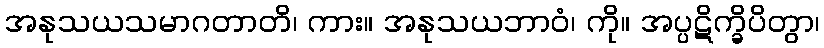
အနုသယသမာဂတာတိ၊ ကား။ အနုသယဘာဝံ၊ ကို။ အပ္ပဋိက္ခိပိတွာ၊